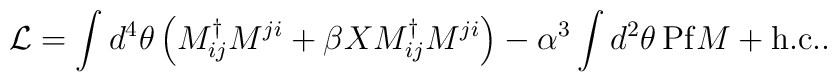
{\cal L} = \int d^4 \theta   \left(     M^{\dag}_{ij} M^{ji}   + \beta X M^{\dag}_{ij} M^{ji}   \right) - \alpha^3 \int d^2 \theta\, {\rm Pf} M + {\rm h.c.}.